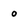
Character: 0